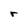
Character: r